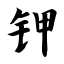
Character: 钾